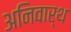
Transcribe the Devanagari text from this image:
अनिवार्थ